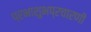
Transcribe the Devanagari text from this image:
प्रभाशुभप्रचारणी